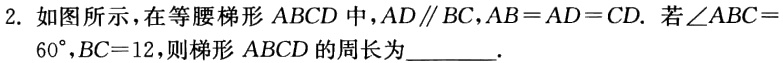
2. 如图所示，在等腰梯形 \(ABCD\) 中，\(AD\parallel BC\)，\(AB = AD = CD\). 若 \(\angle ABC = 60^{\circ}\)，\(BC = 12\)，则梯形 \(ABCD\) 的周长为________.